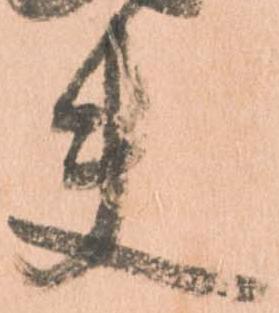
夫